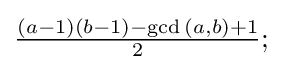
{\tfrac {(a-1)(b-1)-\gcd {(a,b)}+1}{2}};